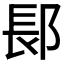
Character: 𬪆